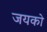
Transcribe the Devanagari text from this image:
जयको